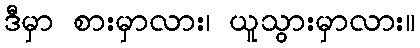
ဒီမှာ စားမှာလား၊ ယူသွားမှာလား။